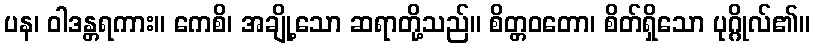
ပန၊ ဝါဒန္တရကား။ ကေစိ၊ အချို့သော ဆရာတို့သည်။ စိတ္တဝတော၊ စိတ်ရှိသော ပုဂ္ဂိုလ်၏။